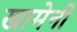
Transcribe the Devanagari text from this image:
खामेनी